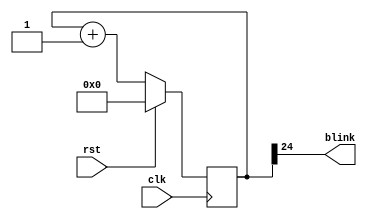
`timescale 1ns / 1ps
//////////////////////////////////////////////////////////////////////////////////
// Company: 
// Engineer: 
// 
// Design Name: 
// Module Name:    blinker 
// Project Name: 
// Target Devices: 
// Tool versions: 
// Description: 
//
// Dependencies: 
//
// Revision: 
// Revision 0.01 - File Created
// Additional Comments: 
//
//////////////////////////////////////////////////////////////////////////////////
module blinker(
    input clk,
    input rst,
    output blink
  );
   
  reg [24:0] counter_d, counter_q;
   
  assign blink = counter_q[24];
   
  always @(counter_q) begin
    counter_d = counter_q + 1'b1;
  end
   
  always @(posedge clk) begin
    if (rst) begin
      counter_q <= 25'b0;
    end else begin
      counter_q <= counter_d;
    end
  end
   
endmodule